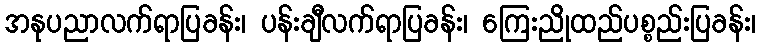
အနုပညာလက်ရာပြခန်း၊ ပန်းချီလက်ရာပြခန်း၊ ကြေးညိုထည်ပစ္စည်းပြခန်း၊